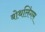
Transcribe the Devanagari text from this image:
बोथलिंगम